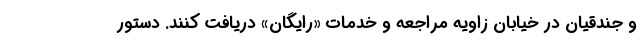
و جندقیان در خیابان زاویه مراجعه و خدمات «رایگان» دریافت کنند. دستور